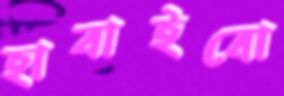
হাবাইবো